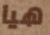
هيا